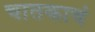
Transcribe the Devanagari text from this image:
चातकाचं